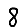
Digit: 8